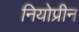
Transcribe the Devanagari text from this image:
नियोप्रीन